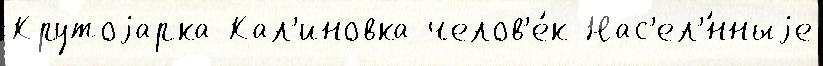
Крутоjарка Кал'иновка челов'е́к Нас'ел'́нныjе